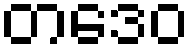
တဒေဝ